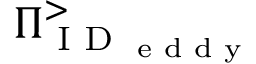
\Pi _ { \textrm { I D } _ { \textrm { e d d y } } } ^ { > }